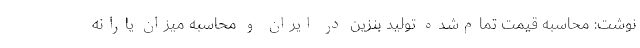
نوشت: محاسبه قیمت تمام‌شده تولید بنزین در ایران و محاسبه میزان یارانه